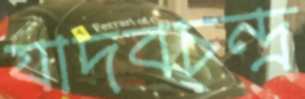
যাদবচন্দ্র